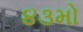
૪૩મો